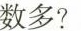
数多？